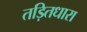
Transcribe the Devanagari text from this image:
तड़ितधारा